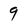
Character: 9